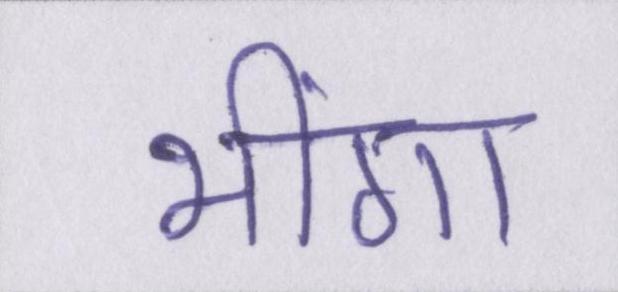
भींगा